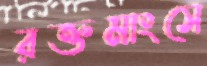
রক্তমাংসে